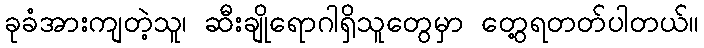
ခုခံအားကျတဲ့သူ၊ ဆီးချိုရောဂါရှိသူတွေမှာ တွေ့ရတတ်ပါတယ်။